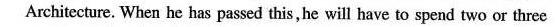
Architecture. When he has passed this,he will have to spend two or three